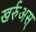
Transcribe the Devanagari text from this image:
खर्रुअस्